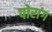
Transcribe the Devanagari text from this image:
पोरांग